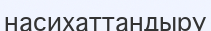
насихаттандыру